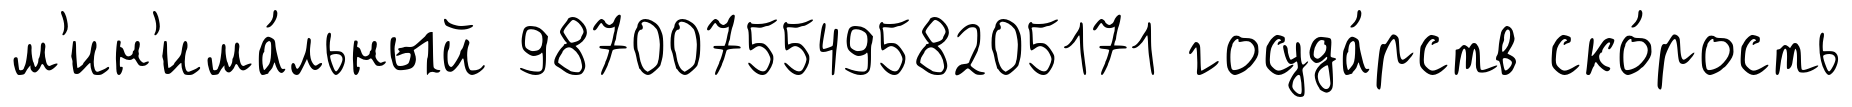
м'ин'има́льный 987007554958205171 госуда́рств ско́рость